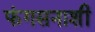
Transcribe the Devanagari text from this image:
फंगसनाशी